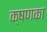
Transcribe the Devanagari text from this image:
क्षणका